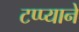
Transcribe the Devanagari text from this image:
टप्प्याने